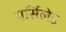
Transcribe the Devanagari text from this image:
पर्सिलेड